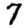
Digit: 7